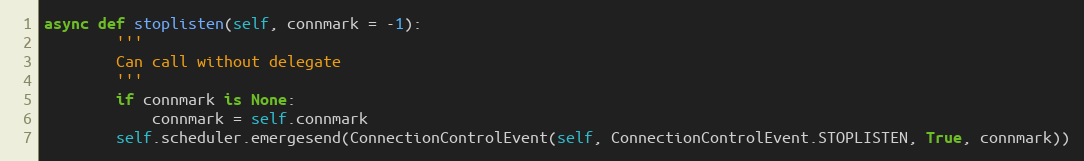
Language: Python
async def stoplisten(self, connmark = -1):
        '''
        Can call without delegate
        '''
        if connmark is None:
            connmark = self.connmark
        self.scheduler.emergesend(ConnectionControlEvent(self, ConnectionControlEvent.STOPLISTEN, True, connmark))